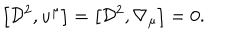
LaTeX: \left[ { \cal D } ^ { 2 } , u ^ { \mu } \right] = \left[ { \cal D } ^ { 2 } , \nabla _ { \mu } \right] = 0 .